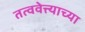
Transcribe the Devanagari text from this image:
तत्ववेत्त्याच्या